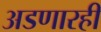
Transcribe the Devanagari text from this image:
अडणारही